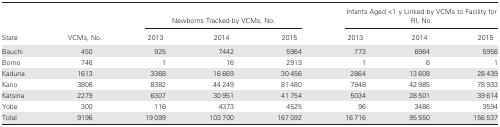
<table><thead><tr><td rowspan="2"><b>State</b></td><td rowspan="2"><b>VCMs, No.</b></td><td colspan="3"><b>Newborns Tracked by VCMs, No.</b></td><td colspan="3"><b>Infants Aged &lt;1 y Linked by VCMs to Facility for RI, No.</b></td></tr><tr><td><b>2013</b></td><td><b>2014</b></td><td><b>2015</b></td><td><b>2013</b></td><td><b>2014</b></td><td><b>2015</b></td></tr></thead><tbody><tr><td>Bauchi</td><td>450</td><td>925</td><td>7442</td><td>5964</td><td>773</td><td>6964</td><td>5956</td></tr><tr><td>Borno</td><td>746</td><td>1</td><td>16</td><td>2913</td><td>1</td><td>6</td><td>1</td></tr><tr><td>Kaduna</td><td>1613</td><td>3368</td><td>16 669</td><td>30 456</td><td>2864</td><td>13 608</td><td>28 439</td></tr><tr><td>Kano</td><td>3808</td><td>8382</td><td>44 249</td><td>81 480</td><td>7948</td><td>42 985</td><td>78 933</td></tr><tr><td>Katsina</td><td>2279</td><td>6307</td><td>30 951</td><td>41 754</td><td>5034</td><td>28 501</td><td>39 614</td></tr><tr><td>Yobe</td><td>300</td><td>116</td><td>4373</td><td>4525</td><td>96</td><td>3486</td><td>3594</td></tr><tr><td>Total</td><td>9196</td><td>19 099</td><td>103 700</td><td>167 092</td><td>16 716</td><td>95 550</td><td>156 537</td></tr></tbody></table>